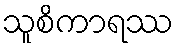
သူစိကာရဿ